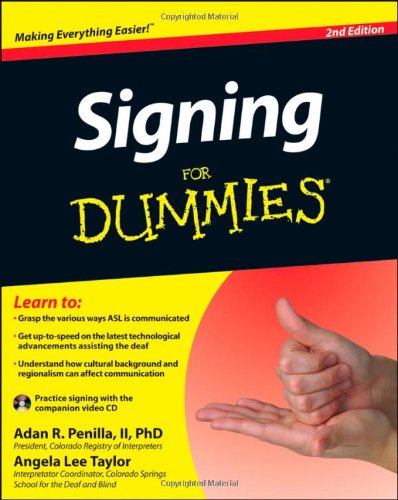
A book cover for Signing For Dummies, with Video CD; Adan R. Penilla II; Reference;